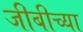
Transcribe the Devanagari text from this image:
जीबीच्या